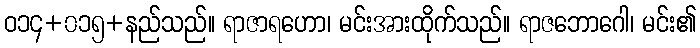
ဝ၁၄+၀၁၅+နည်သည်။ ရာဇာရဟော၊ မင်းအားထိုက်သည်။ ရာဇဘောဂေါ၊ မင်း၏